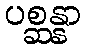
ပစ္ဆန္နာ